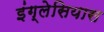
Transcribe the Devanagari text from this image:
इंग्लेसियास